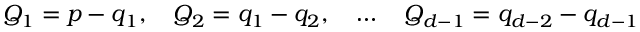
Q _ { 1 } = p - q _ { 1 } , \quad Q _ { 2 } = q _ { 1 } - q _ { 2 } , \quad \ldots \quad Q _ { d - 1 } = q _ { d - 2 } - q _ { d - 1 }